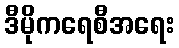
ဒီမိုကရေစီအရေး